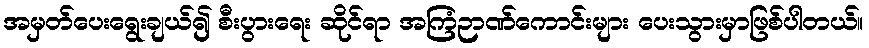
အမှတ်ပေးရွေးချယ်၍ စီးပွားရေး ဆိုင်ရာ အကြံဉာဏ်ကောင်းများ ပေးသွားမှာဖြစ်ပါတယ်။